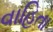
વાહિતા